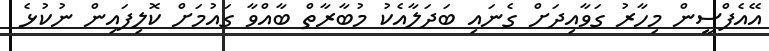
އޭއެފްސީން މިހާރު ގަވާއިދަށް ގެނައި ބަދަލާއެކު މުބާރާތް ބާއްވާ ގައުމަށް ކޮލިފައިން ނުކުޅެ